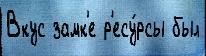
Вкус замк'е р'есу́рсы был